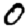
Digit: 0